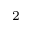
^ 2